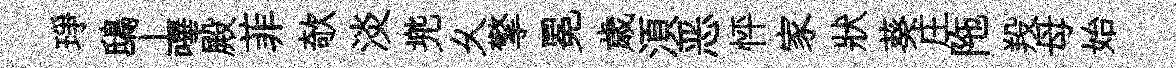
琤鴟丄嗶殿菲欹淡兠乆擎冕歳湏恶怦家狀葵庄陁羖母始